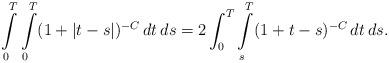
LaTeX: \begin{align*}\int\limits_0^T \int\limits_0^T (1+ |t-s|)^{-C} \, dt \, ds = 2 \int_0^T \int\limits_s^T (1+ t -s)^{-C} \, dt \, ds.\end{align*}